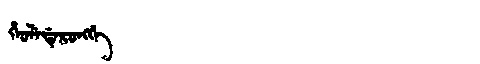
Manchu: ᡥᡝᠣᠯᡝᡩᡝᡵᠣᠩᡤᡝ
Romanization: HEOLEDERONGGE